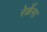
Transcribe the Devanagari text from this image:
रेळेंना